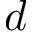
d